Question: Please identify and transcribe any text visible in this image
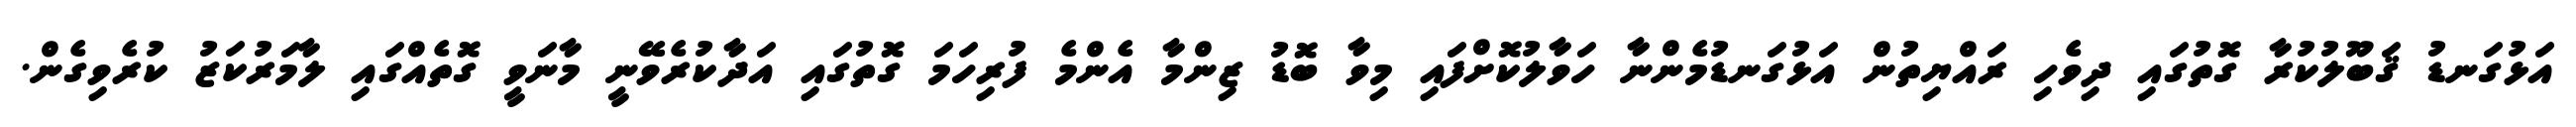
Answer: އަޅުގަނޑު ޤަބޫލުކުރާ ގޮތުގައި ދިވެހި ރައްޔިތުން އަޅުގަނޑުމެންނާ ހަވާލުކޮށްފައި މިވާ ބޮޑު ޒިންމާ އެންމެ ފުރިހަމަ ގޮތުގައި އަދާކުރެވޭނީ މާނަވީ ގޮތެއްގައި ލާމަރުކަޒު ކުރެވިގެން.